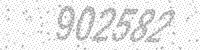
Solution: 902582